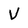
Character: V